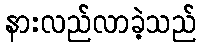
နားလည်လာခဲ့သည်